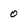
Character: 0